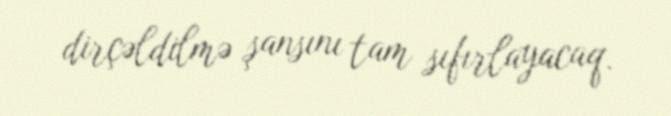
dirçəldilmə şansını tam sıfırlayacaq.